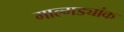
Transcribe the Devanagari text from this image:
माल्गड्यांक